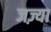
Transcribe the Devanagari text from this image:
जज़्या